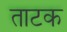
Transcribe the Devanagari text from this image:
ताटक